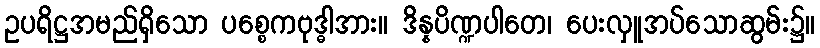
ဥပရိဋ္ဌအမည်ရှိသော ပစ္စေကဗုဒ္ဓါအား။ ဒိန္နပိဏ္ဍပါတေ၊ ပေးလှူအပ်သောဆွမ်း၌။